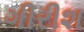
ગીરીશ